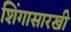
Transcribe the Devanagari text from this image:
शिंगासारखी